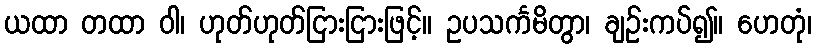
ယထာ တထာ ဝါ၊ ဟုတ်ဟုတ်ငြားငြားဖြင့်။ ဥပသင်္ကမိတွာ၊ ချဉ်းကပ်၍။ ဟေတုံ၊